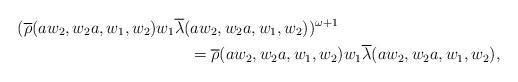
LaTeX: \begin{align*} (\overline{\rho}(aw_2,w_2a,w_1,w_2)&w_1 \overline{\lambda}(aw_2,w_2a,w_1,w_2))^{\omega+1}\\ &\quad\quad=\overline{\rho}(aw_2,w_2a,w_1,w_2) w_1 \overline{\lambda}(aw_2,w_2a,w_1,w_2), \end{align*}